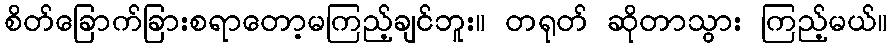
စိတ်ခြောက်ခြားစရာတော့မကြည့်ချင်ဘူး။ တရုတ် ဆိုတာသွား ကြည့်မယ်။